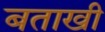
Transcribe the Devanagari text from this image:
बताखी